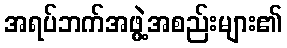
အရပ်ဘက်အဖွဲ့အစည်းများ၏